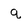
Character: q